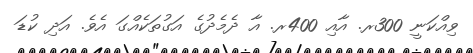
ވިއްކަނީ 300ރ. އާއި 400ރ. އާ ދެމެދުގެ އަގުތަކެއްގަ އެވެ. އަދި ކުޑަ